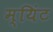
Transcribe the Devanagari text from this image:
म्यिंट